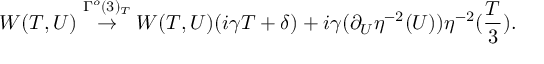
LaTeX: W ( T , U ) \stackrel { \Gamma ^ { o } ( 3 ) _ { T } } { \rightarrow } W ( T , U ) ( i \gamma T + \delta ) + i \gamma ( \partial _ { U } \eta ^ { - 2 } ( U ) ) \eta ^ { - 2 } ( \frac { T } { 3 } ) .